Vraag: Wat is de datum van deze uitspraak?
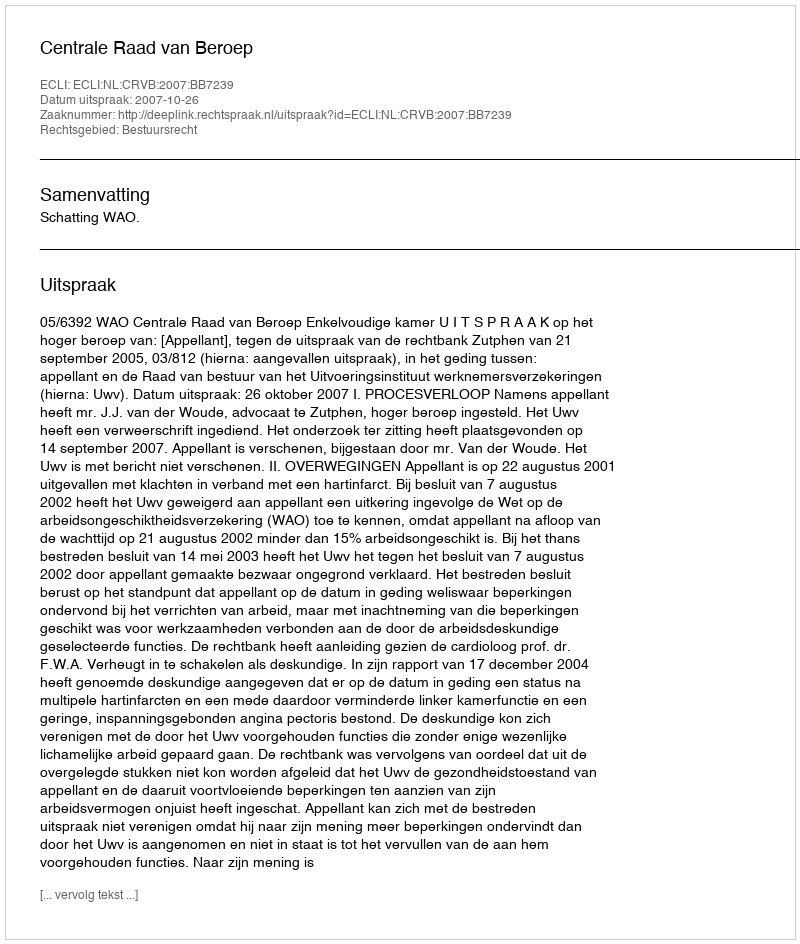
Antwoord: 2007-10-26